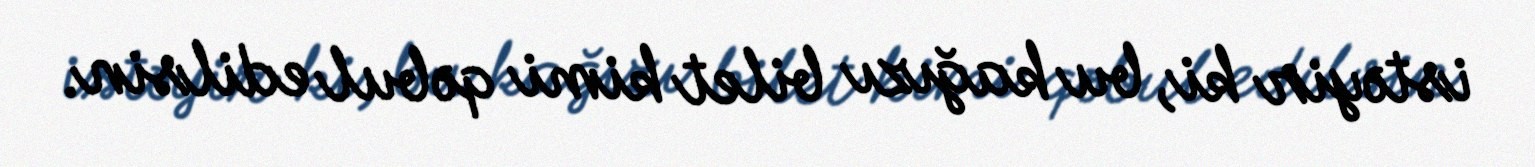
istəyir ki, bu kağızı bilet kimi qəbul edilsin.